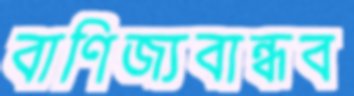
বাণিজ্যবান্ধব